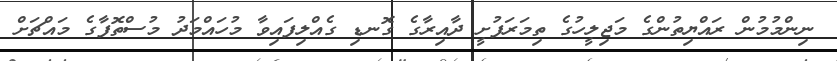
ނިންމުމުން ރައްޔިތުންގެ މަޖިލީހުގެ ތިމަރަފުށީ ދާއިރާގެ ގޮނޑި ގެއްލިފައިވާ މުހައްމަދު މުސްތޮފާގެ މައްޗަށް